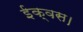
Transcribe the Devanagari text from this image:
ईक्वस।